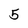
Character: 5